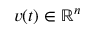
v ( t ) \in \mathbb R ^ { n }